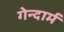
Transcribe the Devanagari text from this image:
गेन्दार्म